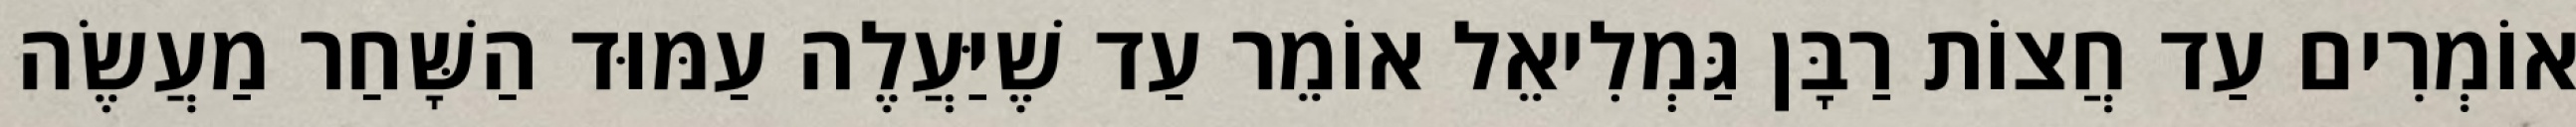
אוֹמְרִים עַד חֲצוֹת רַבָּן גַּמְלִיאֵל אוֹמֵר עַד שֶׁיַּעֲלֶה עַמּוּד הַשָּׁחַר מַעֲשֶׂה